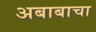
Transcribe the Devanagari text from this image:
अबाबाचा